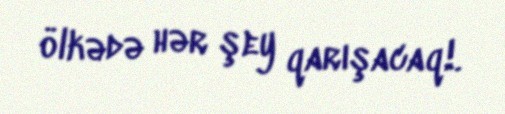
ölkədə hər şey qarışacaq!.